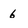
Character: 6